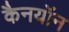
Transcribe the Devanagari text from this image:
कैनयॉन